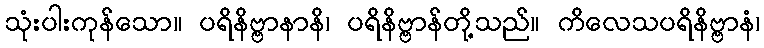
သုံးပါးကုန်သော။ ပရိနိဗ္ဗာနာနိ၊ ပရိနိဗ္ဗာန်တို့သည်။ ကိလေသပရိနိဗ္ဗာနံ၊